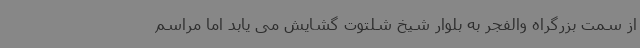
از سمت بزرگراه والفجر به بلوار شیخ شلتوت گشایش می یابد اما مراسم